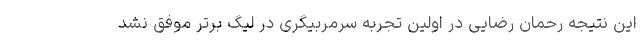
این نتیجه رحمان رضایی در اولین تجربه سرمربیگری در لیگ برتر موفق نشد